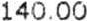
140.00